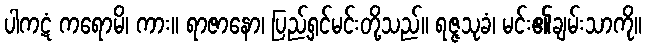
ပါကဋံ ကရောမိ၊ ကား။ ရာဇာနော၊ ပြည့်ရှင်မင်းတို့သည်။ ရဇ္ဇသုခံ၊ မင်း၏ချမ်းသာကို။